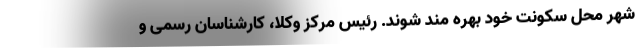
شهر محل سکونت خود بهره مند شوند. رئیس مرکز وکلا، کارشناسان رسمی و